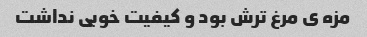
مزه ى مرغ ترش بود و کیفیت خوبى نداشت